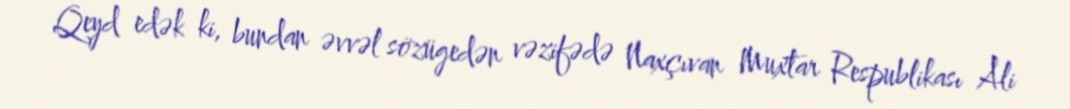
Qeyd edək ki, bundan əvvəl sözügedən vəzifədə Naxçıvan Muxtar Respublikası Ali